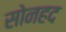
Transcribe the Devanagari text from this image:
सोनहद